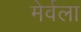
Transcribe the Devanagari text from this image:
मेर्वला